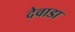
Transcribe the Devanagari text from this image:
देवाडा